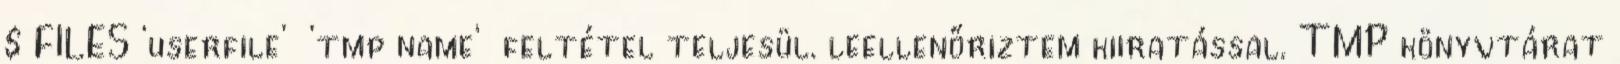
$ FILES ‘userfile’ ‘tmp name’ feltétel teljesül. leellenőriztem kiiratással. TMP könyvtárat